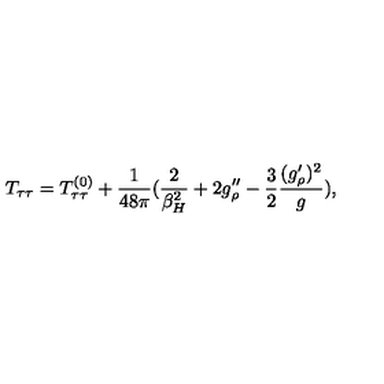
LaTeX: T _ { \tau \tau } = T _ { \tau \tau } ^ { ( 0 ) } + { \frac { 1 } { 4 8 \pi } } ( { \frac { 2 } { \beta _ { H } ^ { 2 } } } + 2 g _ { \rho } ^ { \prime \prime } - { \frac { 3 } { 2 } } { \frac { ( g _ { \rho } ^ { \prime } ) ^ { 2 } } { g } } ) ,